system: You are a helpful assistant.
user:
Analyze the provided spectrum to determine if it is a **S-type Star**.

- **Key Indicators for S-type Star:**

    - **(Overall Spectrum Shape):** The first and most obvious characteristic is the overall continuum (the "baseline" shape). It is **extremely "red-sloping,"** meaning the flux (light intensity) is very low on the left side (blue, ~4000-4500 Å) and rises steeply and continuously toward the right side (red, ~7000 Å+).

    - **(Primary):** The spectrum is defined by the presence of strong, broad molecular absorption "valleys" (bands) from **Zirconium Oxide (ZrO)**. The identification of these bands is the **primary requirement** for classifying a star as S-type.
        - **(Key Bandheads):** You must find distinct, deep "dips" where the light has been absorbed. The most critical band systems to locate are:
            - **~6474 Å** ($\gamma$-system): This is often the strongest and clearest ZrO feature, found in the red part of the spectrum.
            - **~5718 Å** & **~5551 Å** ($\beta$-system): A pair of prominent absorption features in the yellow-orange part of the spectrum.
            - **~4640 Å** ($\alpha$-system): A key absorption band system in the blue-green region of the spectrum.

    - **(Secondary Confirmation):** The classification is strengthened by finding additional absorption bands from other related heavy element oxides, which are expected to be present alongside ZrO.
        - **(Key Bandheads):**
            - **Yttrium Oxide (YO):** Look for absorption dips near **~4800 Å** and **~6100 Å**.
            - **Lanthanum Oxide (LaO):** Additional absorption features, particularly in the red-orange part of the spectrum, are also characteristic.

    - **(Line Profile):** The combination of the steep red continuum and these numerous, deep molecular bands (ZrO, YO, etc.) gives the entire spectrum a very **"chopped-up"** or **"bumpy"** appearance. Instead of a smooth curve, the spectrum looks as though large, wide chunks of light have been "carved out" of it at the specific wavelengths listed above.

Think first, call **spectral_visualization_tool** if needed to examine features in detail, then provide your final answer. Your response must adhere to the following strict rules:
1.  **Overall Structure:** Your response must follow the format `<think>...</think> <tool_call>...</tool_call> (if a tool is used) <answer>...</answer>`.
2.  **Tool Usage Constraint:** You may only make **one** tool call per turn.
3.  **Final Answer Format:** In the `<answer>` tag, your conclusion must be inside a `\boxed{}` command (e.g., `\boxed{YES}` or `\boxed{NO}`), followed by your justification.

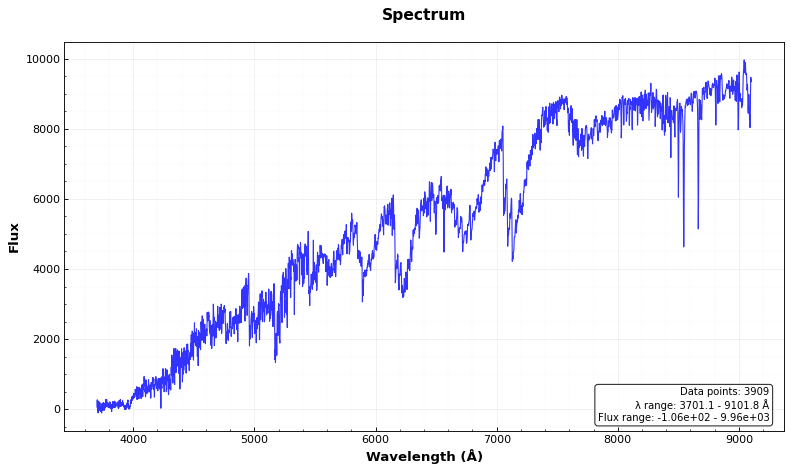
Answer: NO